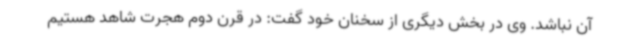
آن نباشد. وی در بخش دیگری از سخنان خود گفت: در قرن دوم هجرت شاهد هستیم